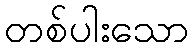
တစ်ပါးသော